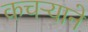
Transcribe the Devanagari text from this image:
कचऱ्याने